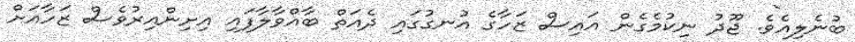
ބުނެލިއެވެ. ޖޫދު ނިކުމެގެން އައިސް ޒަހާގެ އުނގުގައި ދެއަތް ބާއްވާލާފައި އިށިންއިރުވެސް ޒަހާއަށް